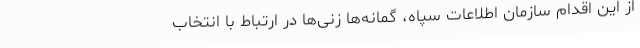
از این اقدام سازمان اطلاعات سپاه، گمانه‌ها زنی‌ها در ارتباط با انتخاب